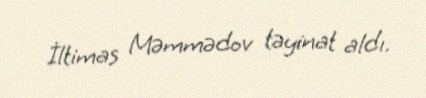
İltimas Məmmədov təyinat aldı.